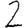
Digit: 2